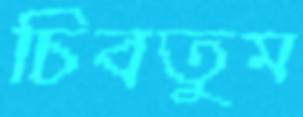
চিবতুম